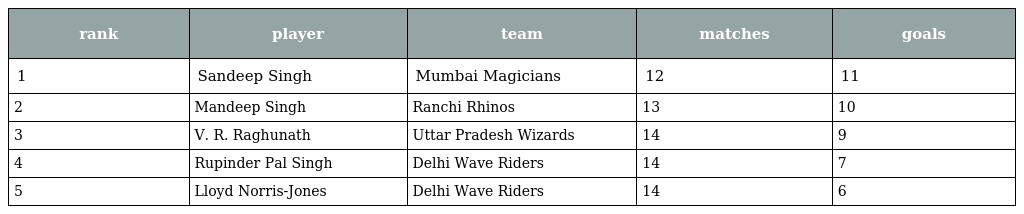
| rank | player | team | matches | goals |
 | --- | --- | --- | --- | --- |
 | 1 | Sandeep Singh | Mumbai Magicians | 12 | 11 |
 | 2 | Mandeep Singh | Ranchi Rhinos | 13 | 10 |
 | 3 | V. R. Raghunath | Uttar Pradesh Wizards | 14 | 9 |
 | 4 | Rupinder Pal Singh | Delhi Wave Riders | 14 | 7 |
 | 5 | Lloyd Norris-Jones | Delhi Wave Riders | 14 | 6 |